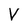
Character: V